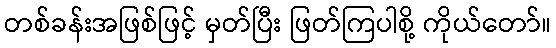
တစ်ခန်းအဖြစ်ဖြင့် မှတ်ပြီး ဖြတ်ကြပါစို့ ကိုယ်တော်။